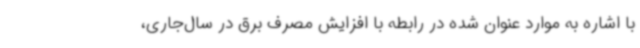
با اشاره به موارد عنوان ‌شده در رابطه با افزایش مصرف برق در سال‌جاری،